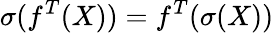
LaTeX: \sigma(f^{T}(X))=f^{T}(\sigma(X))